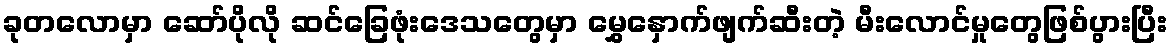
ခုတလောမှာ ဆော်ပိုလို ဆင်ခြေဖုံးဒေသတွေမှာ မွှေနှောက်ဖျက်ဆီးတဲ့ မီးလောင်မှုတွေဖြစ်ပွားပြီး